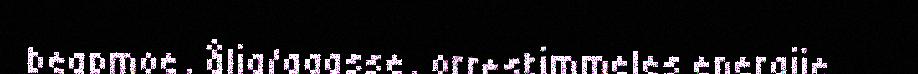
beapmoe, ålja/gaasse, orrestimmeles energije